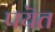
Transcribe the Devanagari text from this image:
पयॆत